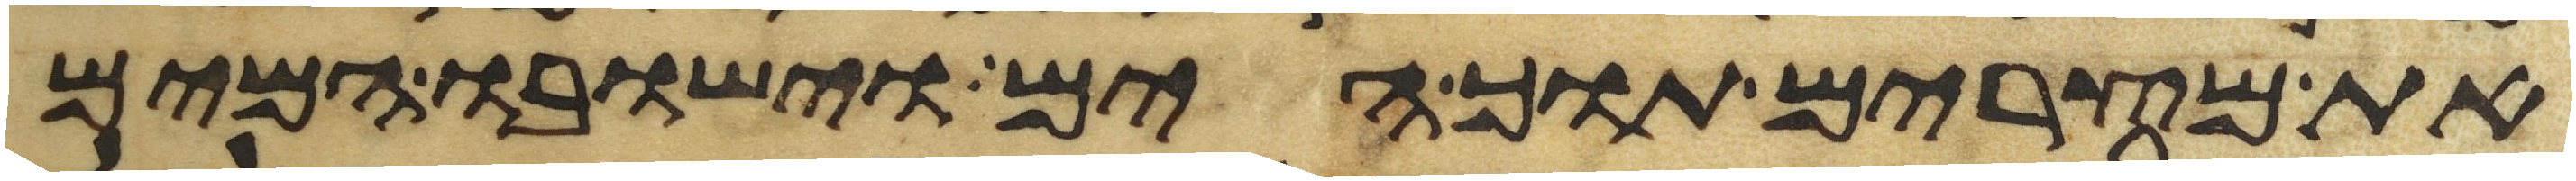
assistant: את מצרים תוך הים וישובו המים